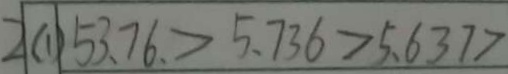
2 ( 1 ) 5 3 . 7 6 > 5 . 7 3 6 > 5 . 6 3 7 >